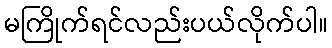
မကြိုက်ရင်လည်းပယ်လိုက်ပါ။